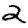
Digit: 2